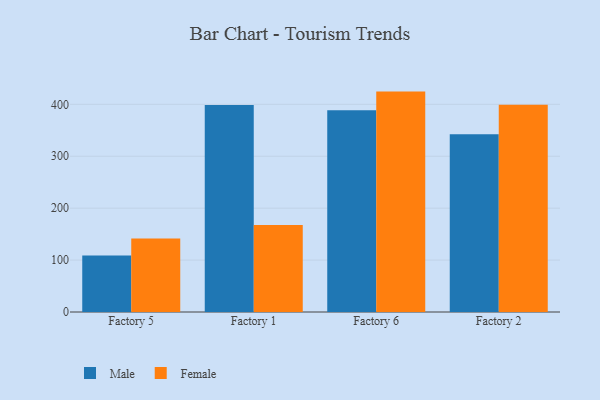
{"axis": {"x": "Factory", "y": "Website Visitors"}, "legend": ["Female", "Male"], "data": [{"x": "Factory 5", "y": 108.7, "type": "Male"}, {"x": "Factory 5", "y": 141.8, "type": "Female"}, {"x": "Factory 1", "y": 398.5, "type": "Male"}, {"x": "Factory 1", "y": 167.6, "type": "Female"}, {"x": "Factory 6", "y": 388.8, "type": "Male"}, {"x": "Factory 6", "y": 424.5, "type": "Female"}, {"x": "Factory 2", "y": 342.3, "type": "Male"}, {"x": "Factory 2", "y": 399.3, "type": "Female"}]}